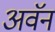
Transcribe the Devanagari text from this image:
अवॅन